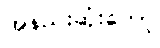
အနည်းဆုံးတော့